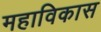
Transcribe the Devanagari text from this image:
महाविकास